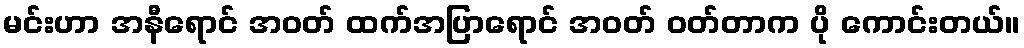
မင်းဟာ အနီရောင် အဝတ် ထက်အပြာရောင် အဝတ် ဝတ်တာက ပို ကောင်းတယ်။